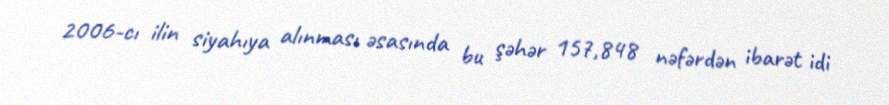
2006-cı ilin siyahıya alınması əsasında bu şəhər 157,848 nəfərdən ibarət idi